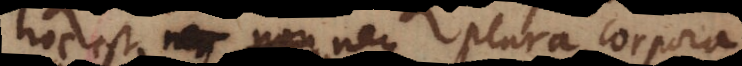
hoc est neque plura corpora